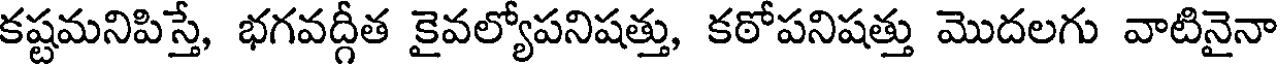
కష్టమనిపిస్తే, భగవద్గీత కైవల్యోపనిషత్తు, కఠోపనిషత్తు మొదలగు వాటినైనా